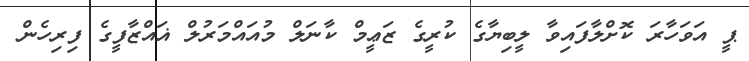
ޕީ އަވަހާރަ ކޮށްލާފައިވާ ލީބިޔާގެ ކުރީގެ ޒަޢީމް ކާނަލް މުއައްމަރުލް ޣައްޒާފީގެ ފިރިހެން